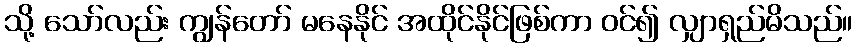
သို့ သော်လည်း ကျွန်တော် မနေနိုင် အထိုင်နိုင်ဖြစ်ကာ ဝင်၍ လျှာရှည်မိသည်။